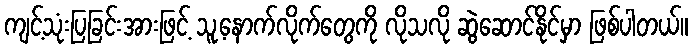
ကျင့်သုံးပြခြင်းအားဖြင့် သူ့နောက်လိုက်တွေကို လိုသလို ဆွဲဆောင်နိုင်မှာ ဖြစ်ပါတယ်။